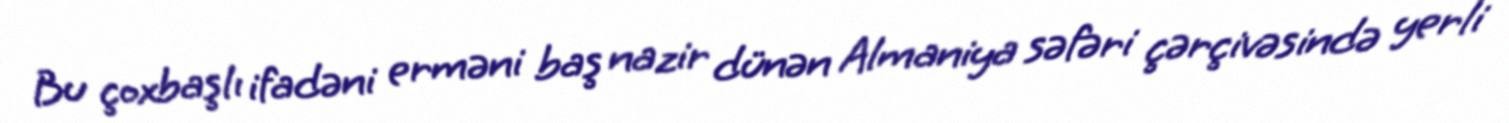
Bu çoxbaşlı ifadəni erməni baş nazir dünən Almaniya səfəri çərçivəsində yerli